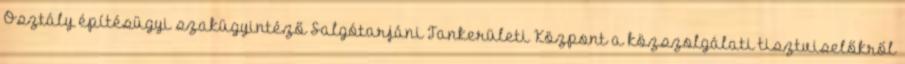
Osztály építésügyi szakügyintéző Salgótarjáni Tankerületi Központ a közszolgálati tisztviselőkről